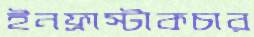
ইনফ্রাস্টাকচার